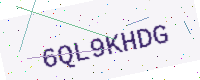
Text: 6QL9KHDG